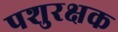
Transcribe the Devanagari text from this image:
पशुरक्षक